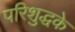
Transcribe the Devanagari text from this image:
परिशुद्धके